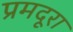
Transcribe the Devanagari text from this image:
प्रमदूरा